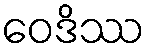
ဝေဒိဿ